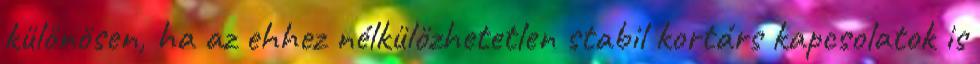
különösen, ha az ehhez nélkülözhetetlen stabil kortárs kapcsolatok is